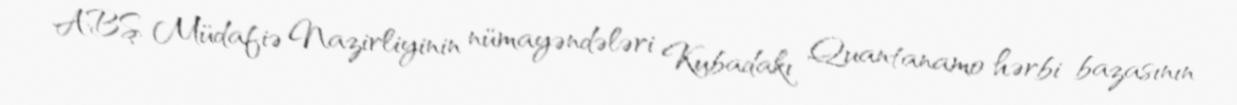
ABŞ Müdafiə Nazirliyinin nümayəndələri Kubadakı Quantanamo hərbi bazasının